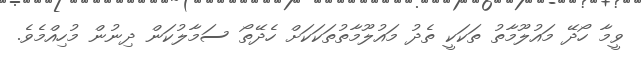
ވީމާ ހޯދޭ މައުލޫމާތު ތަކަކީ ތެދު މައުލޫމާތުތަކަކަށް ހެދޭތޯ ސަމާލުކަން ދިނުން މުހިއްމެވެ.